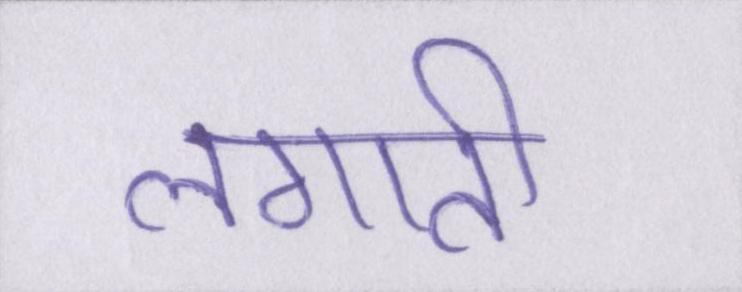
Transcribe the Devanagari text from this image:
लगाती